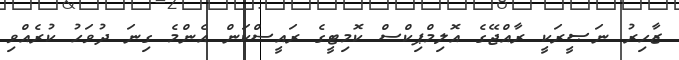
ޒާހިރު ނަޞީރަކީ ރާއްޖޭގެ އޮލިމްޕިކްސް ކޮމިޓީގެ ރައީސްކަން އެންމެ ގިނަ ދުވަހު ކުރެއްވި